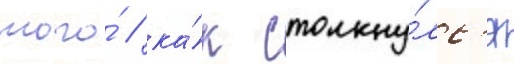
того́ / ка́к столкну́лс'я